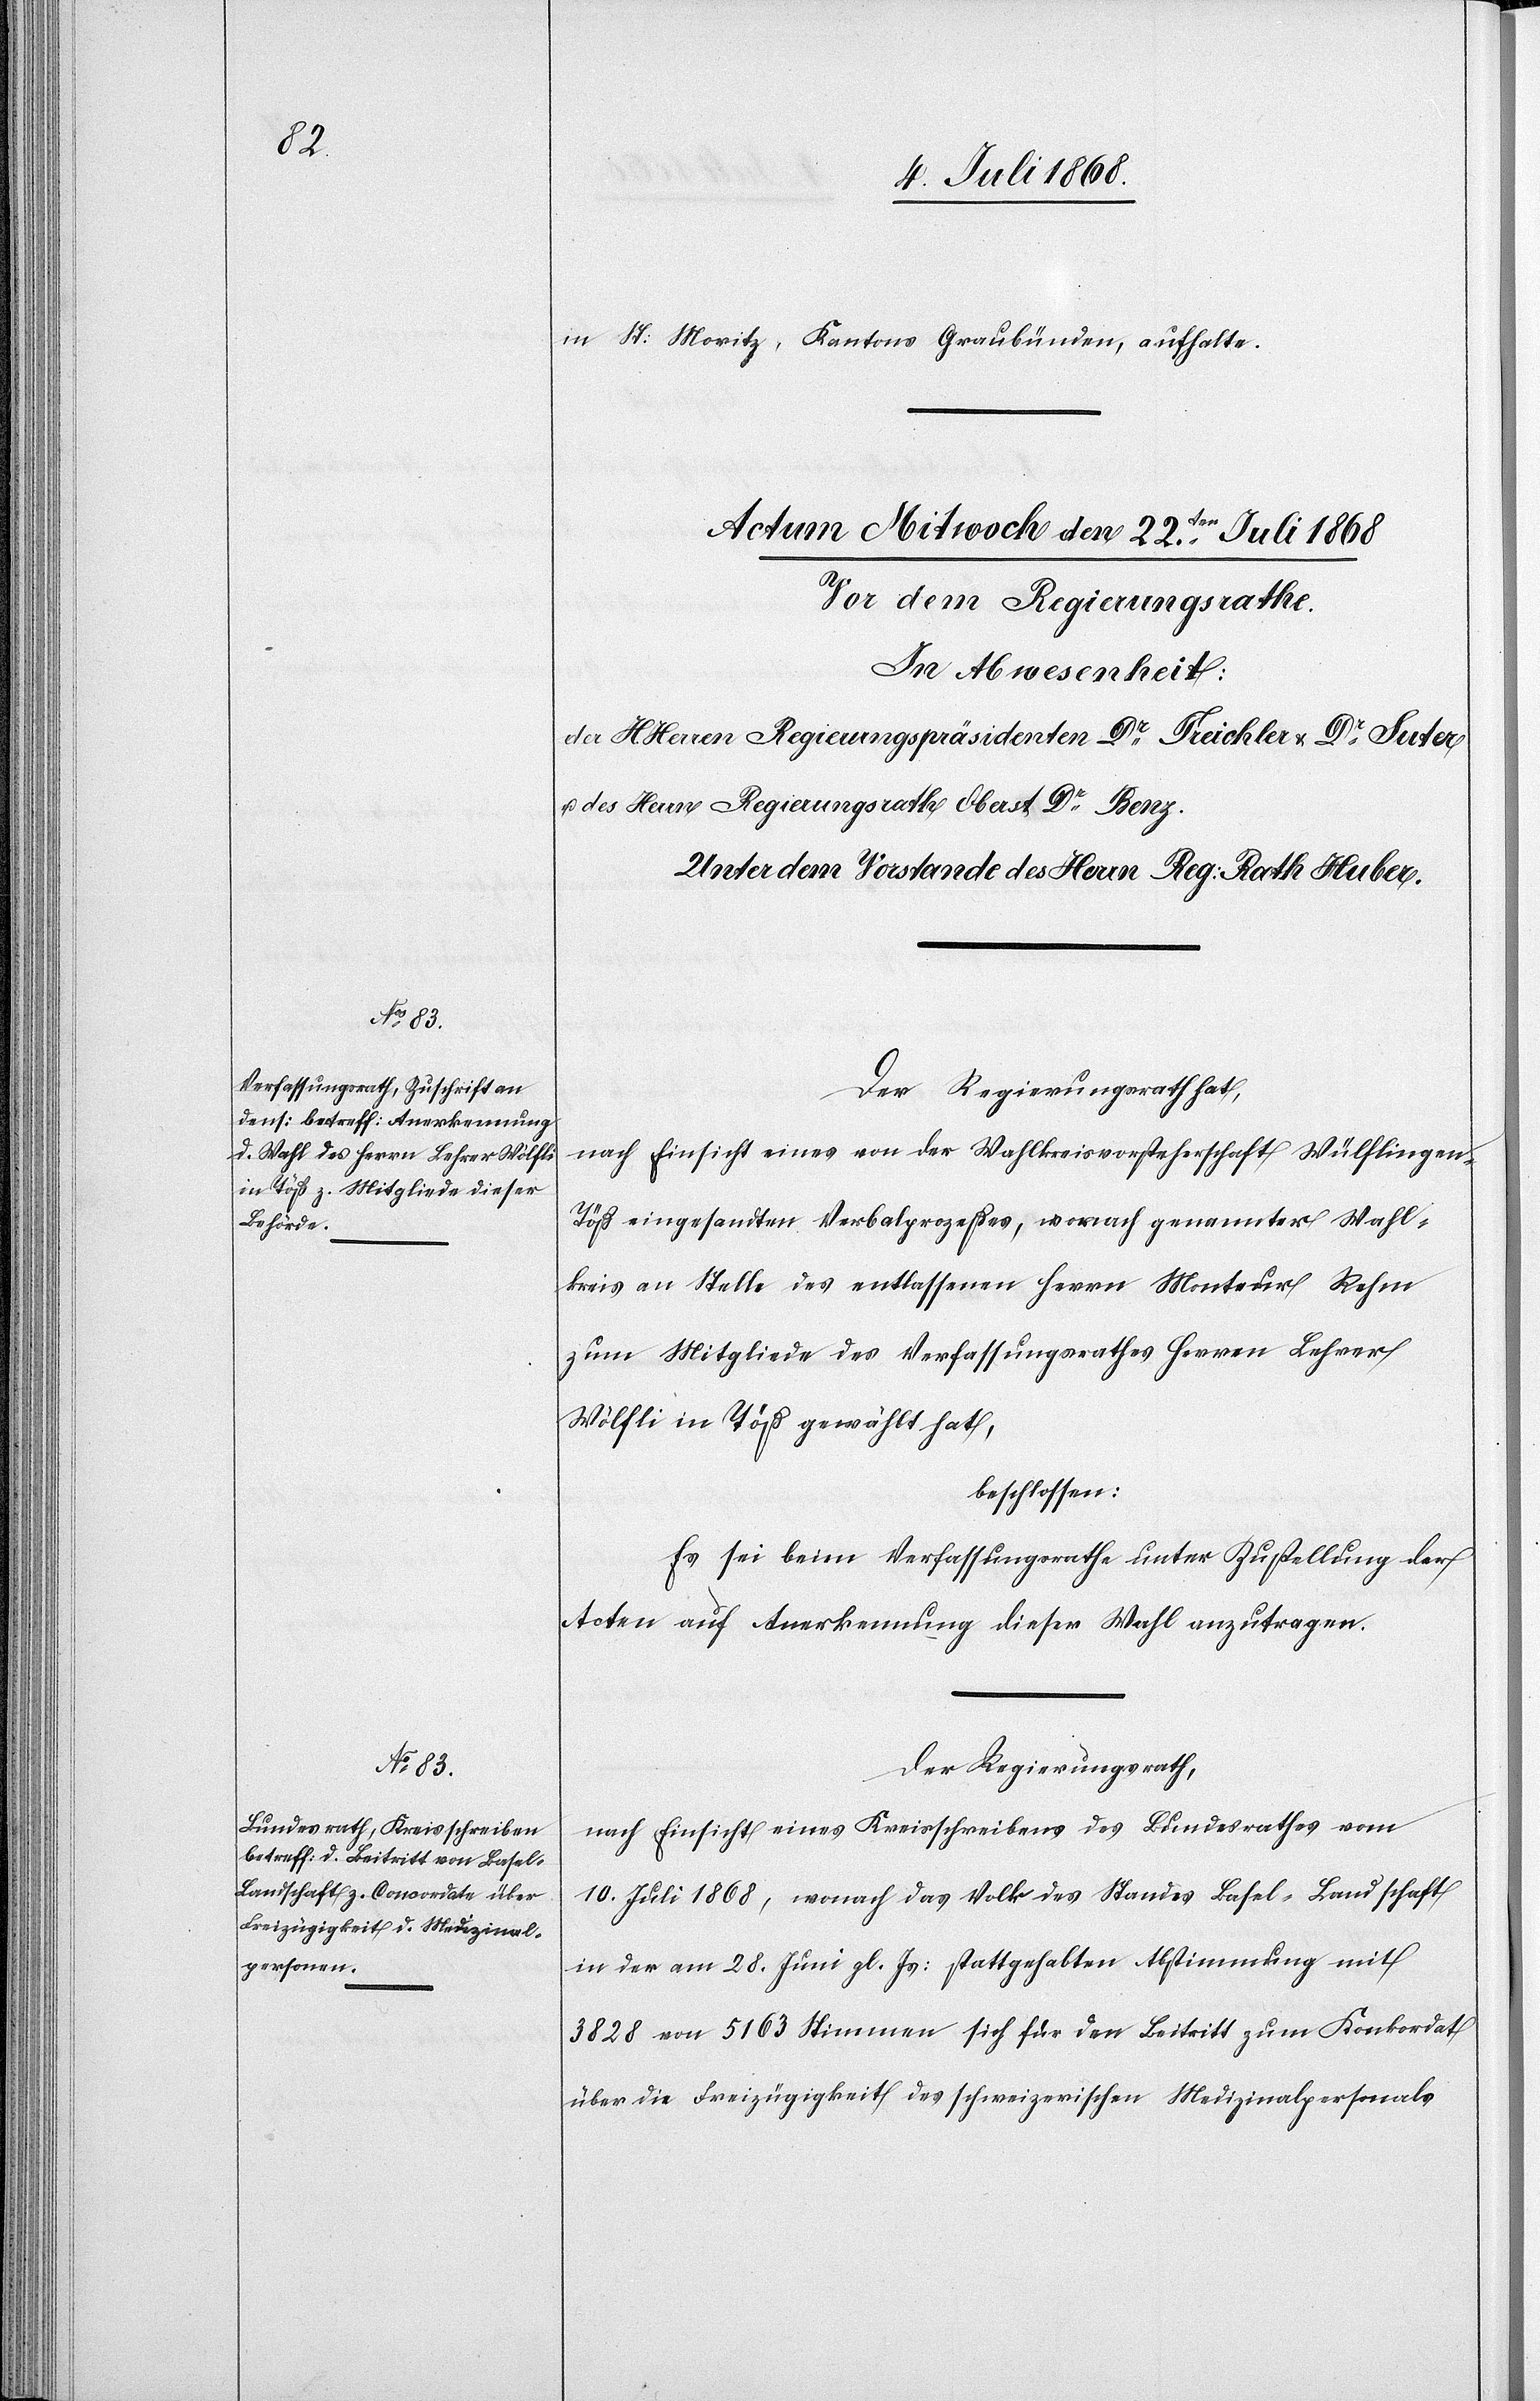
in St: Moritz, Kantons Graubünden, aufhalte.
Der Regierungsrath hat,
nach Einsicht eines von der Wahlkreisvorsteherschaft Wülflingen
Töß eingesandten Verbalprozeßes, wonach genannter Wahl¬
kreis an [die] Stelle des entlassenen Herrn Monteur Rehm
zum Mitgliede des Verfassungsrathes Herren Lehrer
Wölfli in Töß gewählt hat,
beschlossen:
Es sei beim Verfassungsrathe unter Zustellung der
Acten auf Anerkennung dieser Wahl anzutragen.
Der Regierungsrath,
nach Einsicht eines Kreisschreibens des Bundesrathes vom
10. Juli 1868, wonach das Volk des Standes Basel-Landschaft
in der am 28. Juni gl. Js: stattgehabten Abstimmung mit
3828 von 5163 Stimmen sich für den Beitritt zum Konkordat
über die Freizügigkeit des schweizerischen Medizinalpersonals